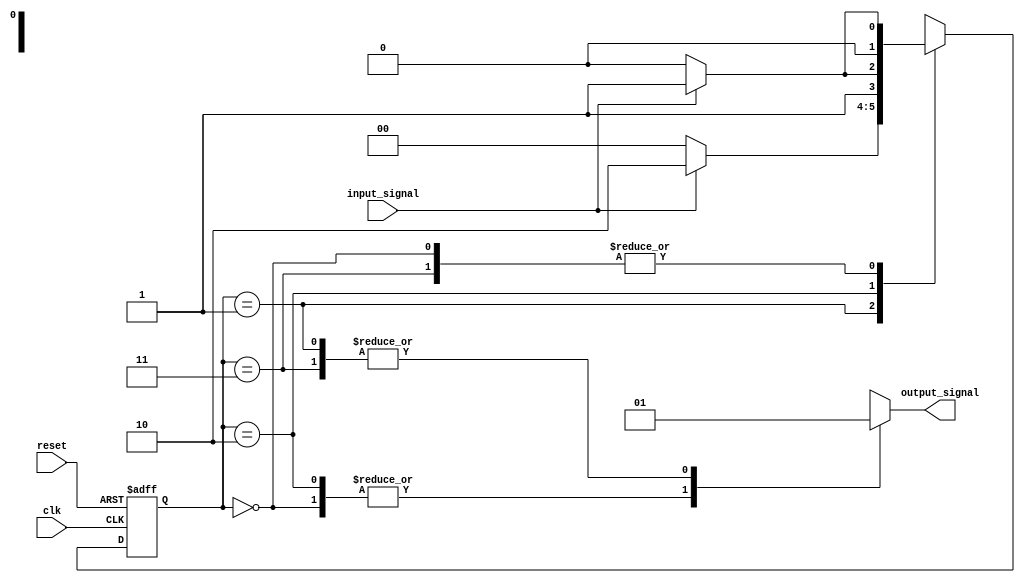
module fsm (
    input wire clk,
    input wire reset,
    input wire input_signal,
    output reg output_signal
);

// states of the FSM
parameter STATE_A = 2'b00;
parameter STATE_B = 2'b01;
parameter STATE_C = 2'b10;
parameter STATE_D = 2'b11;

// define state register and next state register
reg [1:0] state_reg, next_state_reg;

always @ (posedge clk or posedge reset) begin
    if (reset) begin
        state_reg <= STATE_A;
    end else begin
        state_reg <= next_state_reg;
    end
end

// define output logic based on current state
always @ (*) begin
    case (state_reg)
        STATE_A: begin
            // define output signal for state A
            output_signal = 1'b0;
            // define next state transition based on input signal
            if (input_signal) begin
                next_state_reg = STATE_B;
            end else begin
                next_state_reg = STATE_A;
            end
        end
        STATE_B: begin
            // define output signal for state B
            output_signal = 1'b1;
            // define next state transition based on input signal
            if (input_signal) begin
                next_state_reg = STATE_C;
            end else begin
                next_state_reg = STATE_A;
            end
        end
        STATE_C: begin
            // define output signal for state C
            output_signal = 1'b0;
            // define next state transition based on input signal
            if (input_signal) begin
                next_state_reg = STATE_D;
            end else begin
                next_state_reg = STATE_C;
            end
        end
        STATE_D: begin
            // define output signal for state D
            output_signal = 1'b1;
            // define next state transition based on input signal
            if (input_signal) begin
                next_state_reg = STATE_B;
            end else begin
                next_state_reg = STATE_A;
            end
        end
    endcase
end

endmodule